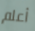
أعلم